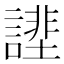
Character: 𧫔